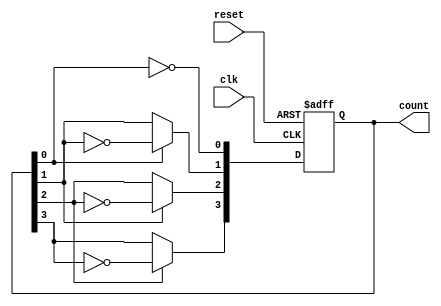
module async_counter (
    input wire clk,      // Clock input
    input wire reset,    // Asynchronous reset
    output reg [n-1:0] count // Counter output (n bits)
);
    parameter n = 4; // Number of bits in the counter (can be adjusted)

    // Asynchronous reset and counting logic
    always @(posedge clk or posedge reset) begin
        if (reset) begin
            count <= 0; // Reset counter to 0
        end else begin
            count[0] <= ~count[0]; // Toggle LSB
            count[1] <= count[0] ? ~count[1] : count[1]; // Toggle next bit on LSB falling edge
            count[2] <= count[1] ? ~count[2] : count[2]; // Toggle next bit on second bit falling edge
            count[3] <= count[2] ? ~count[3] : count[3]; // Toggle next bit on third bit falling edge
            // Add more lines for additional bits if n > 4
        end
    end
endmodule